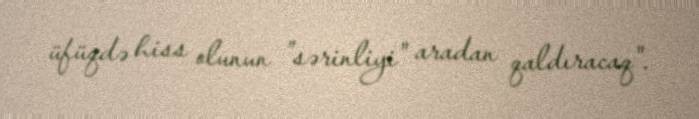
üfüqdə hiss olunun ”sərinliyi" aradan qaldıracaq".